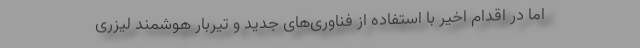
اما در اقدام اخیر با استفاده از فناوری‌های جدید و تیربار هوشمند لیزری